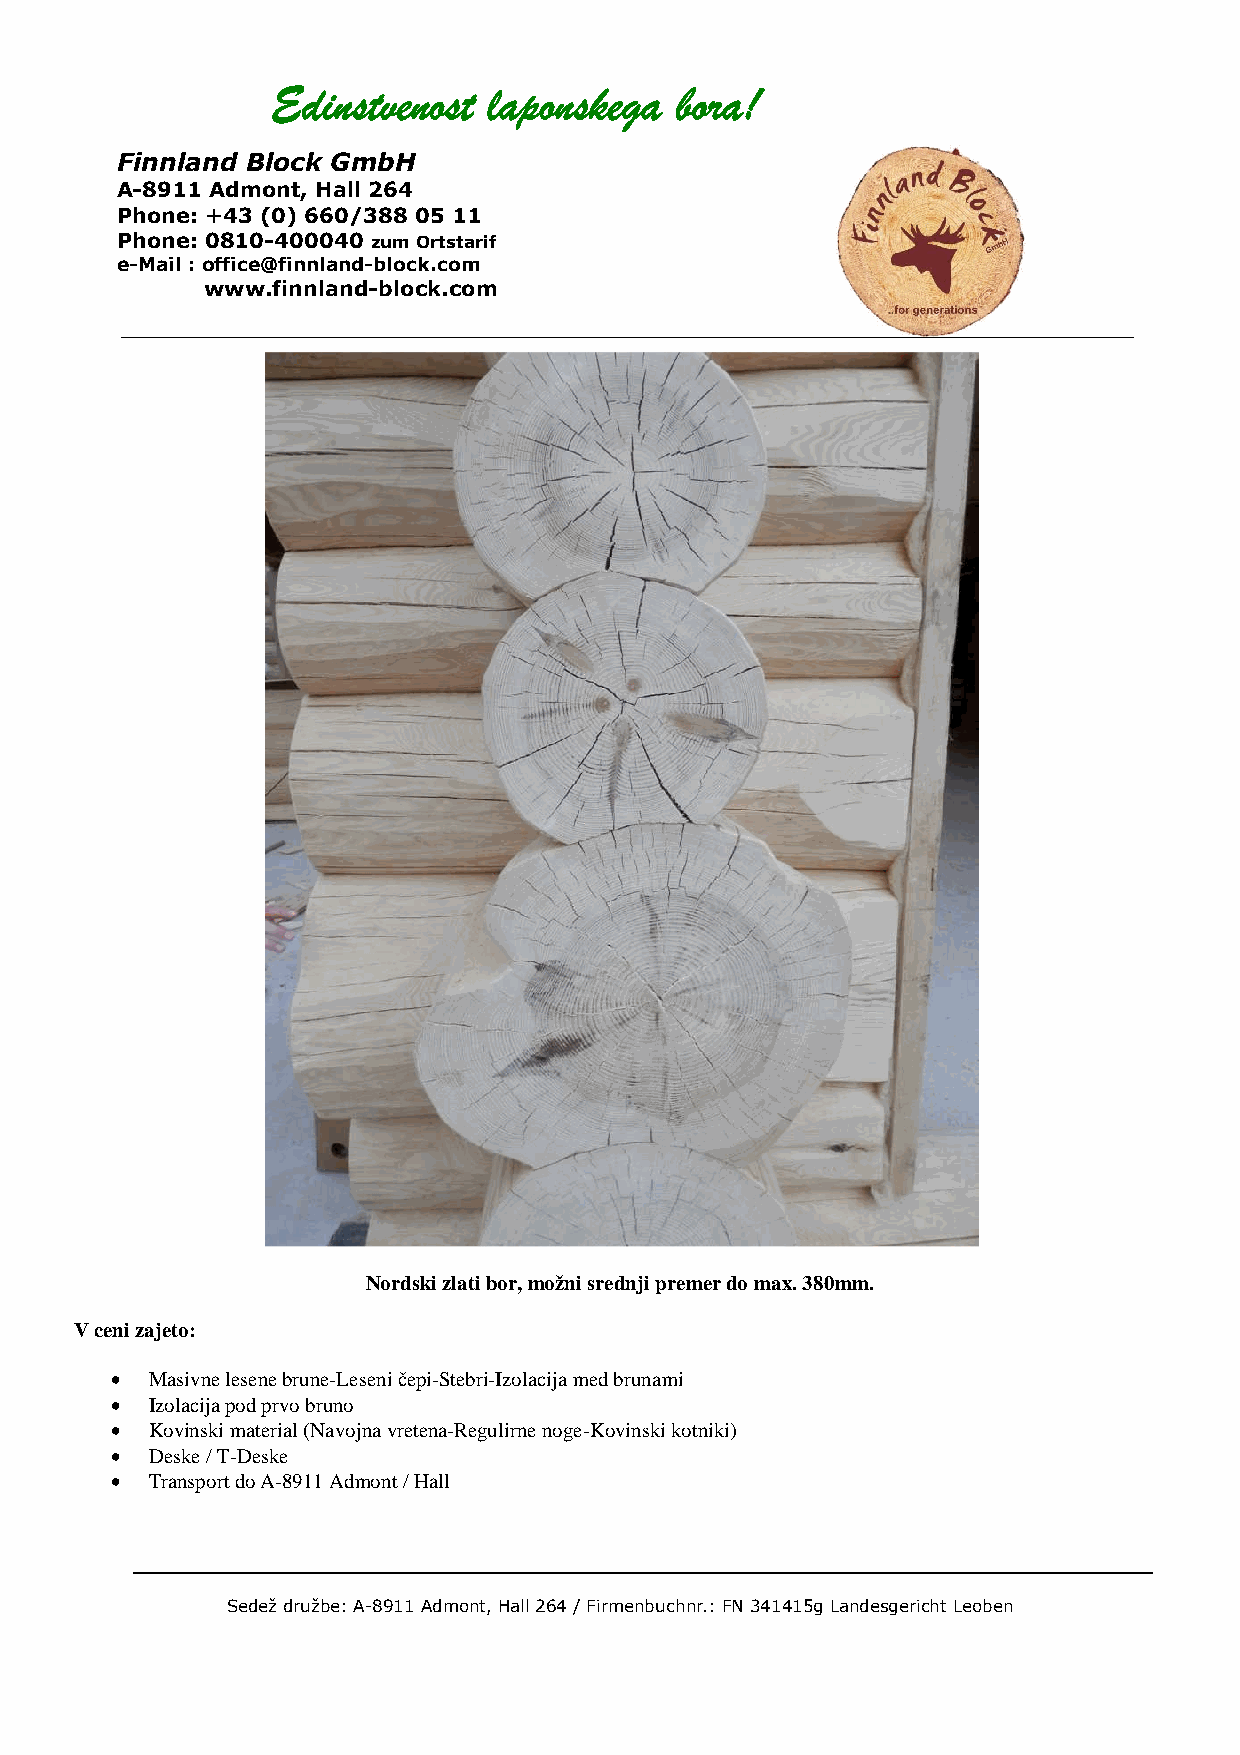
Edinstvenost  laponskega   bora!
 Finnland Block GmbH
 A-8911 Admont, Hall 264
 Phone: +43 (0) 660/388 05 11
 Phone: 0810-400040 zum Ortstarif
 e-Mail : office@finnland-block.com
 www.finnland-block.com
 Nordski zlati bor, možni srednji premer do max. 380mm.
 V ceni zajeto:
 •  Masivne lesene brune-Leseni čepi-Stebri-Izolacija med brunami
 •  Izolacija pod prvo bruno
 •  Kovinski material (Navojna vretena-Regulirne noge-Kovinski kotniki)
 •  Deske / T-Deske
 •  Transport do A-8911 Admont / Hall
 Sedež družbe: A-8911 Admont, Hall 264 / Firmenbuchnr.: FN 341415g Landesgericht Leoben